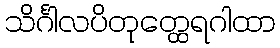
သိင်္ဂါလပိတုတ္ထေရဂါထာ